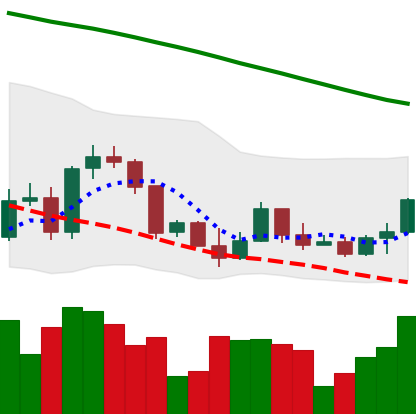
Ticker: ETH-USD
Chart end date: 2022-03-16
Forward return: 4.543%
Label: up_3_5